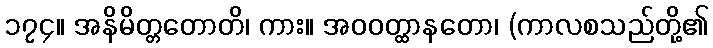
၁၇၄။ အနိမိတ္တတောတိ၊ ကား။ အဝဝတ္ထာနတော၊ (ကာလစသည်တို့၏